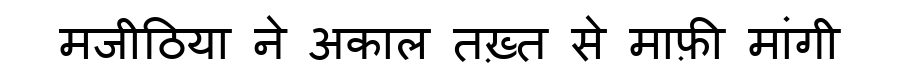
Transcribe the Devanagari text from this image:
मजीठिया ने अकाल तख़्त से माफ़ी मांगी